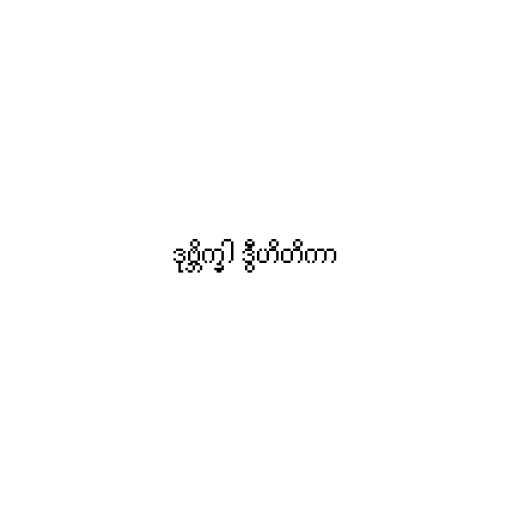
ဒုဗ္ဘိက္ခါ ဒွီဟိတိကာ